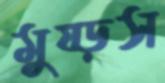
মুষ্‌ড়স